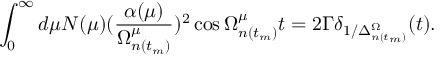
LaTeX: \int _ { 0 } ^ { \infty } d \mu N ( \mu ) ( \frac { \alpha ( \mu ) } { \Omega _ { n ( t _ { m } ) } ^ { \mu } } ) ^ { 2 } \cos \Omega _ { n ( t _ { m } ) } ^ { \mu } t = 2 \Gamma \delta _ { 1 / \Delta _ { n ( t _ { m } ) } ^ { \Omega } } ( t ) .